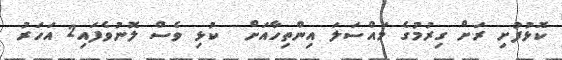
ކޮޅުފުށި ރަށް ގިރުމުގެ މައްސަލަ އިންތިހާއަށް  ކުޅި ވެސް ލޮނުވެފައި2 އަހަރު